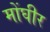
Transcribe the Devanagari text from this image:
मोंघीर